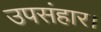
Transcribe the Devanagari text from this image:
उपसंहार।